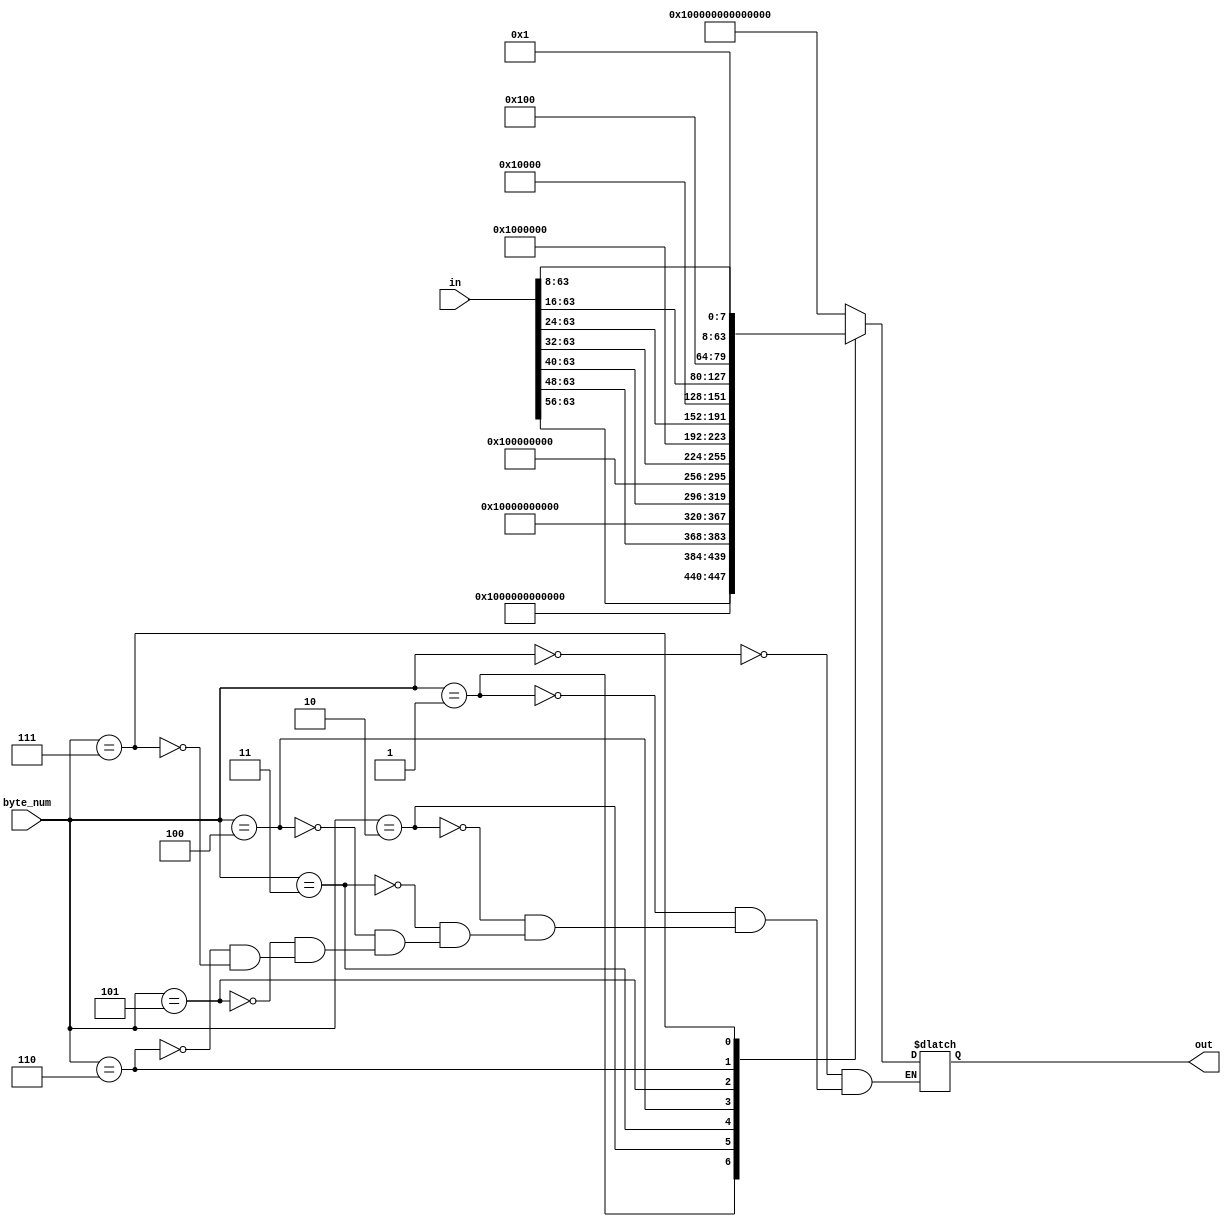
/*
 * Copyright 2013, Homer Hsing <homer.hsing@gmail.com>
 *
 * Licensed under the Apache License, Version 2.0 (the "License");
 * you may not use this file except in compliance with the License.
 * You may obtain a copy of the License at
 *
 * http://www.apache.org/licenses/LICENSE-2.0
 *
 * Unless required by applicable law or agreed to in writing, software
 * distributed under the License is distributed on an "AS IS" BASIS,
 * WITHOUT WARRANTIES OR CONDITIONS OF ANY KIND, either express or implied.
 * See the License for the specific language governing permissions and
 * limitations under the License.
 */

module padder1(in, byte_num, out);
	parameter	IW = 64;
	
    input      [IW-1:0] in;
    input      [3:0]  byte_num;
    output reg [IW-1:0] out;
    
	generate if (IW == 64) begin:IW64
	
		always @ (*)
		  case (byte_num)
			0: 		out = {						8'h01, 	{(IW-8*1){1'b0}}}; 
			1: 		out = {in[IW-1:IW-8*1], 	8'h01, 	{(IW-8*2){1'b0}}};
			2: 		out = {in[IW-1:IW-8*2], 	8'h01, 	{(IW-8*3){1'b0}}};
			3: 		out = {in[IW-1:IW-8*3], 	8'h01, 	{(IW-8*4){1'b0}}};
			4: 		out = {in[IW-1:IW-8*4], 	8'h01, 	{(IW-8*5){1'b0}}};
			5: 		out = {in[IW-1:IW-8*5], 	8'h01, 	{(IW-8*6){1'b0}}};
			6: 		out = {in[IW-1:IW-8*6], 	8'h01, 	{(IW-8*7){1'b0}}};
			7: 		out = {in[IW-1:IW-8*7], 	8'h01, 	{(IW-8*8){1'b0}}};
		  endcase
		  
	end else if (IW == 128) begin:IW128
	
		always @ (*)
		  case (byte_num)
			0: 		out = {						8'h01, 	{(IW-8*1){1'b0}}}; 
			1: 		out = {in[IW-1:IW-8*1], 	8'h01, 	{(IW-8*2){1'b0}}};
			2: 		out = {in[IW-1:IW-8*2], 	8'h01, 	{(IW-8*3){1'b0}}};
			3: 		out = {in[IW-1:IW-8*3], 	8'h01, 	{(IW-8*4){1'b0}}};
			4: 		out = {in[IW-1:IW-8*4], 	8'h01, 	{(IW-8*5){1'b0}}};
			5: 		out = {in[IW-1:IW-8*5], 	8'h01, 	{(IW-8*6){1'b0}}};
			6: 		out = {in[IW-1:IW-8*6], 	8'h01, 	{(IW-8*7){1'b0}}};
			7: 		out = {in[IW-1:IW-8*7], 	8'h01, 	{(IW-8*8){1'b0}}};
			8: 		out = {in[IW-1:IW-8*8], 	8'h01, 	{(IW-8*9){1'b0}}};
			9: 		out = {in[IW-1:IW-8*9], 	8'h01, 	{(IW-8*10){1'b0}}};
			10: 	out = {in[IW-1:IW-8*10], 	8'h01, 	{(IW-8*11){1'b0}}};
			11: 	out = {in[IW-1:IW-8*11], 	8'h01, 	{(IW-8*12){1'b0}}};
			12: 	out = {in[IW-1:IW-8*12], 	8'h01, 	{(IW-8*13){1'b0}}};
			13: 	out = {in[IW-1:IW-8*13], 	8'h01, 	{(IW-8*14){1'b0}}};
			14: 	out = {in[IW-1:IW-8*14], 	8'h01, 	{(IW-8*15){1'b0}}};
			15: 	out = {in[IW-1:IW-8*15], 	8'h01, 	{(IW-8*16){1'b0}}};		
		  endcase
		  
	end else begin:PASS
`ifdef SIMULATION
		initial begin
			$display("IW not 64 or 128, not supported");
			$finish;
		end
`endif
	end endgenerate	  
endmodule